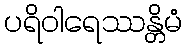
ပရိဝါရေဿန္တိမံ